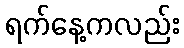
ရက်နေ့ကလည်း